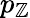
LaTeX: p_{\mathbb{Z}}